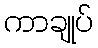
ကာချုပ်